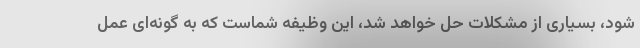
شود، بسیاری از مشکلات حل خواهد شد، این وظیفه شماست که به گونه‌ای عمل